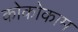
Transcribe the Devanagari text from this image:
कोकोकाम